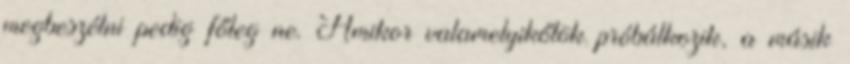
megbeszélni pedig főleg ne. Amikor valamelyikőtök próbálkozik, a másik